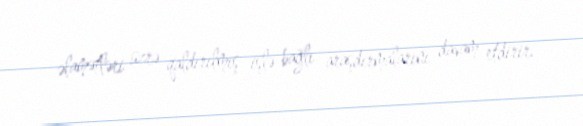
əlamətləri üzrə qaldırılmış işlə bağlı araşdırmalarını davam etdirir.